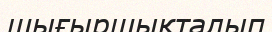
шығыршықталып